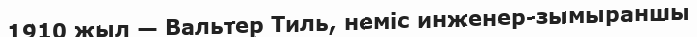
1910 жыл — Вальтер Тиль, неміс инженер-зымыраншы